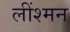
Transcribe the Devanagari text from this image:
लींश्मन